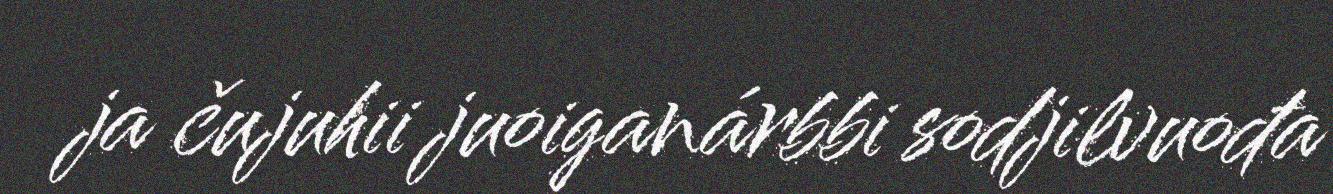
ja čujuhii juoiganárbbi sodjilvuođa